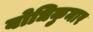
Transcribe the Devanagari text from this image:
बोधिकुमार